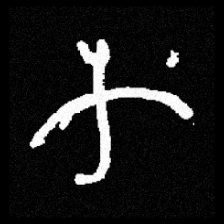
Pyu character \u2014 Myanmar letter: က (romanized: ka)